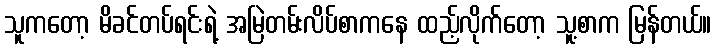
သူကတော့ မိခင်တပ်ရင်းရဲ့ အမြဲတမ်းလိပ်စာကနေ ထည့်လိုက်တော့ သူ့စာက မြန်တယ်။